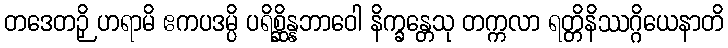
တဒေတဉှိ ဟရာမိ ဧကပဒမ္ပိ ပရိစ္ဆိန္နဘာဝေါ နိက္ခန္တေသု တက္ကလာ ရတ္တိနိဿဂ္ဂိယေနာတိ